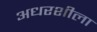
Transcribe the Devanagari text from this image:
अधरशीला